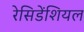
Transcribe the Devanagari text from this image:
रेसिडेंशियल